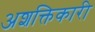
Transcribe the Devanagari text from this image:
अशक्तिकारी